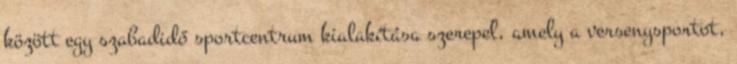
között egy szabadidő sportcentrum kialakítása szerepel, amely a versenysportot,